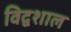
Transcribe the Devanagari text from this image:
विद्वशाल